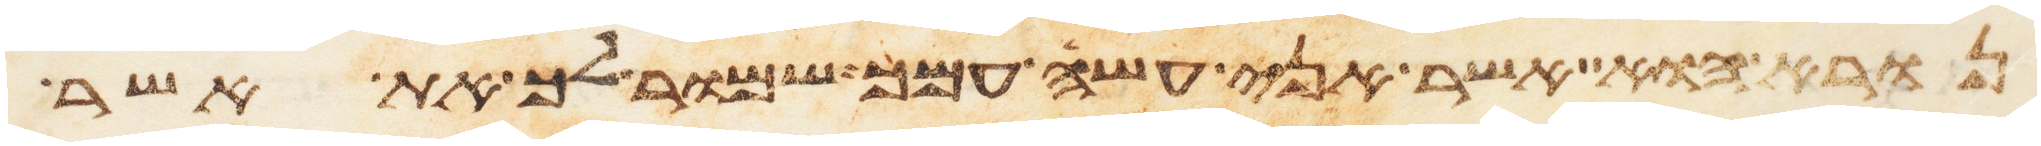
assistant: נורא הוא אשר אני עשה עמך שמור לך את אשר